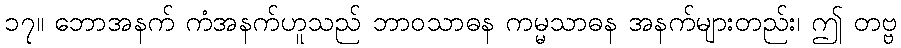
၁၇။ ဘောအနက် ကံအနက်ဟူသည် ဘာဝသာဓန ကမ္မသာဓန အနက်များတည်း၊ ဤ တဗ္ဗ